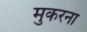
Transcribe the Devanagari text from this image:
मुकरना